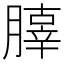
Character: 䐻